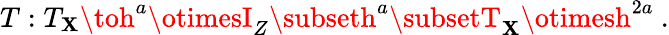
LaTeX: T:T_{\mathbf{X}}\toh^{a}\otimesI_{Z}\subseth^{a}\subsetT_{\mathbf{X}}\otimesh^{2a}\ .